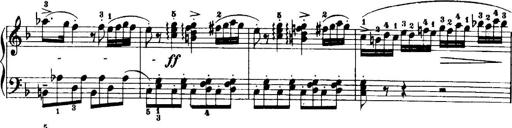
Title: 7 Sonatinas
Composer: Anton Diabelli